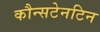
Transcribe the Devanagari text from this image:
कौन्सटेनटिन